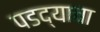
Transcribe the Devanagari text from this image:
पडद्याचा